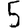
Digit: 5